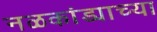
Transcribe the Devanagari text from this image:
नळकांड्याच्या